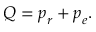
\boldsymbol { Q } = \boldsymbol { p } _ { r } + \boldsymbol { p } _ { e } .